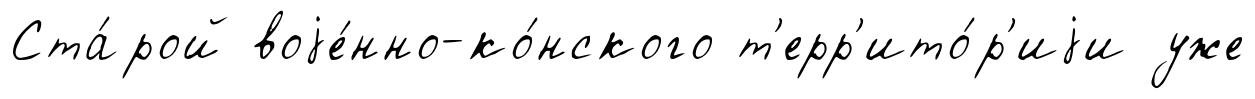
Ста́рой воjе́нно-ко́нского т'ерр'ито́р'иjи уже